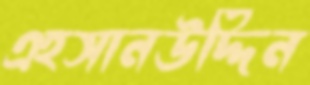
এহসানউদ্দিন